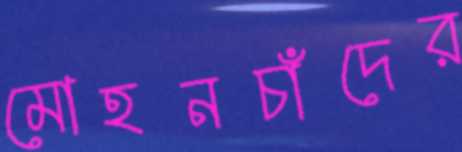
মোহনচাঁদের